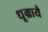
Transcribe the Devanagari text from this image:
धूम्रायै